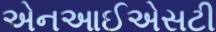
એનઆઈએસટી